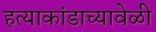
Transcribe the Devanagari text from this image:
हत्याकांडाच्यावेळी